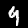
Label: 9